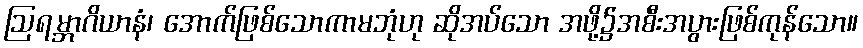
ဩရမ္ဘာဂိယာနံ၊ အောက်ဖြစ်သောကာမဘုံဟု ဆိုအပ်သော အဖို့၌အစီးအပွားဖြစ်ကုန်သော။